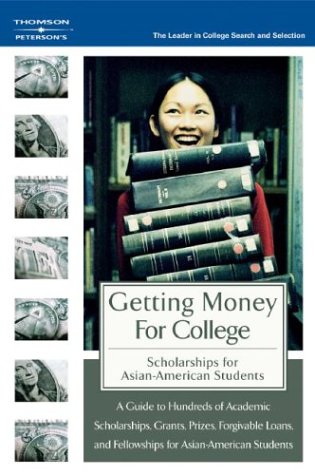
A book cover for GetMoneyColl:Scholarships AsianAmer 1E (Peterson's Scholarships for Asian-American Students); Peterson's; Education & Teaching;